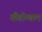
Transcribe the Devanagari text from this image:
कैंडोम्बल